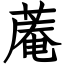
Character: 蓭